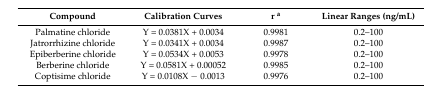
<table><thead><tr><td><b>Compound</b></td><td><b>Calibration Curves</b></td><td><b>r <sup>a</sup></b></td><td><b>Linear Ranges (ng/mL)</b></td></tr></thead><tbody><tr><td>Palmatine chloride</td><td>Y = 0.0381X + 0.0034</td><td>0.9981</td><td>0.2–100</td></tr><tr><td>Jatrorrhizine chloride</td><td>Y = 0.0341X + 0.0034</td><td>0.9987</td><td>0.2–100</td></tr><tr><td>Epiberberine chloride</td><td>Y = 0.0534X + 0.0053</td><td>0.9978</td><td>0.2–100</td></tr><tr><td>Berberine chloride</td><td>Y = 0.0581X + 0.00052</td><td>0.9985</td><td>0.2–100</td></tr><tr><td>Coptisime chloride</td><td>Y = 0.0108X − 0.0013</td><td>0.9976</td><td>0.2–100</td></tr></tbody></table>